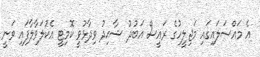
އެ މައްސަލައިގައި މަޖިލީހުގެ ރައީސް އަބުދު ޝާޙިދު ވިދާޅުވީ ކޮމިޓީ އެކުލަވާލާފައި ވަނީ